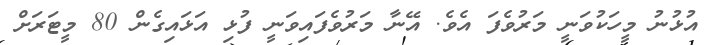
އުޅުނު މީހަކުވަނީ މަރުވެފަ އެވެ. އޭނާ މަރުވެފައިވަނީ ފުޅި އަޅައިގެން 80 މީޓަރަށް